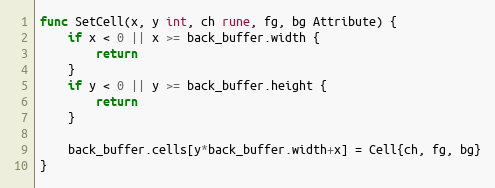
Language: Go
func SetCell(x, y int, ch rune, fg, bg Attribute) {
	if x < 0 || x >= back_buffer.width {
		return
	}
	if y < 0 || y >= back_buffer.height {
		return
	}

	back_buffer.cells[y*back_buffer.width+x] = Cell{ch, fg, bg}
}